King Institute of Preventive Medicine Micro-Biological Section reports 1909-11
Year: 1909
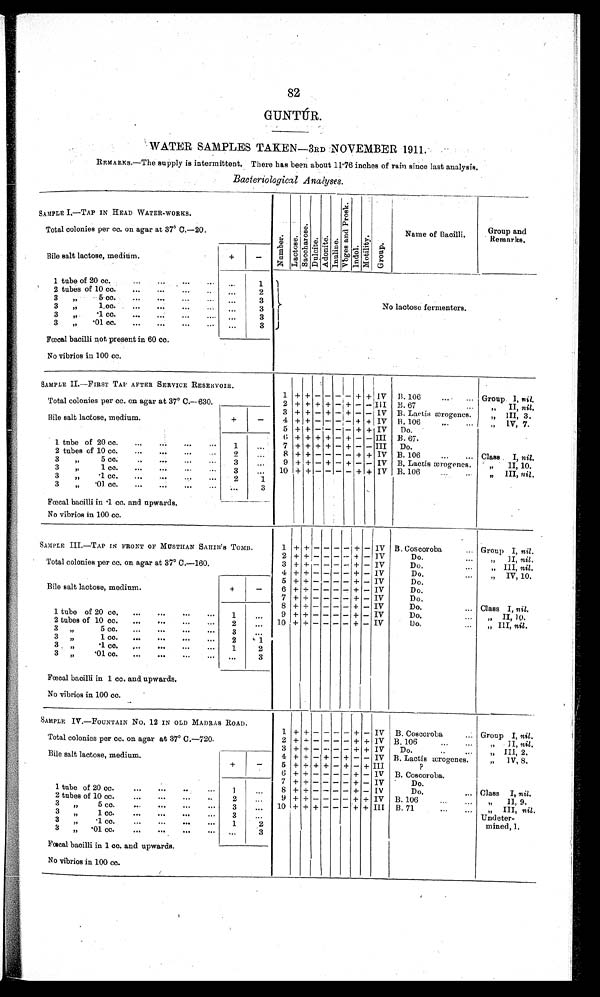
82
GUNTÚR.
WATER SAMPLES TAKEN—3RD NOVEMBER 1911.
REMARKS.—The supply is intermittent. There has been about 11.76 inches of rain since last analysis.
Bacteriological Analyses.
SAMPLE I.—TAP IN HEAD WATER-WORKS.
N u m b e r .
L a c t o s e . S a c c h a r o s e . D u l c i t e .
A d o n i t e .
I n u l i n e .
V o g e s a n d P r o s k .
I n d o l . M o t i l i t y .
G r o u p .
Name of Bacilli.
Group and
Remarks.
Total colonies per cc. on agar at 37° C.—20.
Bile salt lactose, medium.
+
-
1 tube of 20 cc. . . .
. . .
1
2
3
3
No lactose fermenters.
2 tubes of 10 cc. . . .
. . .
3 "
5cc. . . .
. . .
3
" 1 c c . . . .
. . .
3
3 " 1 cc. . . .
. . .
3
"
.01 cc. . . .
. . .
3
Fœcal bacilli not present in 60 cc.
No vibrios in 100 cc.
SAMPLE II—FIRST TAP AFTER SERVICE RESERVOIR.
Total colonies per cc. on agar at 37° C.—630.
1
+ + - - - - +
+ IV B.106 . . . Group I, nil.
2 + + + + - + -
-
III B.67 . . .
" II, nil.
Bile salt lactose, medium.
+
-
3 + + - + - + -
- IV B. Lactis ærogenes.
" III, 3.
4 +
- - - + + IV B. 106 . . .
" IV, 7.
+ - -
- - - + + IV
5 + +
-
Do.
6 + + + + - + -
- III B.67.
1 tube of 20 cc. . . .
1
. . . 7 + + + + - + -
- III Do.
2 tubes of 10 cc. . . .
2
. . . 8 + + - - - - + + IV B. 106 . . . Class I, nil.
3
"
5 cc. . . .
3
. . . 9 + + - - - - + + IV B. Lactis ærogenes.
"
II, 10.
3
" 1 c c . . . .
3
. . .
10
+ + + + - - - + + IV B. 106 . . .
" III, nil.
3
" , , . 1 c c . . . .
1
2
3
"
.01 cc. . . .
. . .
3
Fœcal bacilli in .1 cc. and upwards.
No vibrios in 100 cc.
SAMPLE III.—TAP IN FRONT OF NUSTHAN SAHIB'S TOMB.
1 + + - - - - + - IV B. Coscoroba . . . Group I, nil.
Total colonies per cc. on agar at 37° C.—160.
2 + + - - - - -
- IV
Do. . . .
"
II, nil.
3 + + - - - - + - IV
D o . . . .
III, nil.
"
+ - IV
Do. . . .
" IV, 10.
4 + + - - - -
Bile salt lactose, medium.
+
-
5 + + - - - - + - IV
D o . . . .
D o . . . .
6 + + - - - - + - IV
D o . . . .
IV
7 + + - - - - + -
8 + + - - - - + - IV
D o . . . . . Class I, nil.
1 tube of 20 cc. . . .
9 + + - - - - + - IV
D o . . . .
I I , 1 0 .
2 tubes of 10 cc. . . .
10 + + - - - - + - IV
Do. . . .
" III, nil.
3 "
5cc. . . .
3
" . 1 c c . . . .
3 "
.1 cc. . . .
3 "
.01 cc. . . .
Fœcal bacilli in 1 cc. and upwards.
No vibrios in 100 cc.
SAMPLE IV.—FOUNTAIN No. 12 IN OLD MADRAS ROAD.
Total colonies per cc. on agar at 37° C.—720.
1 + + - - - - + - IV B. Coscoroba . . . Group I, nil.
2 + + - - - - + + IV B. 106 . . .
" II, nil.
3 + + - - - - + + IV
D o . . .
III, 2.
Bile salt lactose, medium.
+
-
4 + + - + - + -
- IV
Lactis ærogenes.
"
" 1V, 8.
5 +
+ III
?
+ + + - + -
6 + + - - - - + - IV B. Coscoroba.
1 tube of 20 cc. . . .
1
. . .
7 + + - - - - + - IV
Do.
8 + + - - - - + - IV
Do.
... Class I, nil.
2 tubes of 10 cc. . . .
2
. . .
9 + + - - - - + + IV B. 106
...
...
" II, 9.
3
,,
5 cc. . . .
3
. . .
10 + + + - - - + + III B. 71 . . .
" III, nil.
3
"
1 cc. . . .
3
. . .
Undeter
-
mined, 1.
3" 1cc. . . .
1 2
3
"
'01 cc. . . .
. . .
3
Fœcal bacilli in 1 cc. and upwards.
No vibrios in 100 cc.